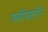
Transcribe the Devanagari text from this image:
प्लीमप्टॉन